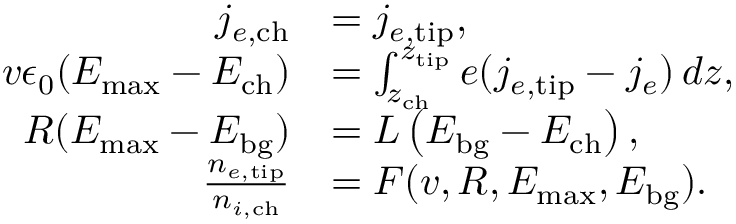
\begin{array} { r l } { j _ { e , \mathrm { c h } } } & { = j _ { e , \mathrm { t i p } } , } \\ { v \epsilon _ { 0 } ( E _ { \mathrm { m a x } } - E _ { \mathrm { c h } } ) } & { = \int _ { z _ { \mathrm { c h } } } ^ { z _ { \mathrm { t i p } } } e ( j _ { e , \mathrm { t i p } } - j _ { e } ) \, d z , } \\ { R ( E _ { \mathrm { m a x } } - E _ { \mathrm { b g } } ) } & { = L \left( E _ { \mathrm { b g } } - E _ { \mathrm { c h } } \right) , } \\ { \frac { n _ { e , \mathrm { t i p } } } { n _ { i , \mathrm { c h } } } } & { = F ( v , R , E _ { \mathrm { m a x } } , E _ { \mathrm { b g } } ) . } \end{array}